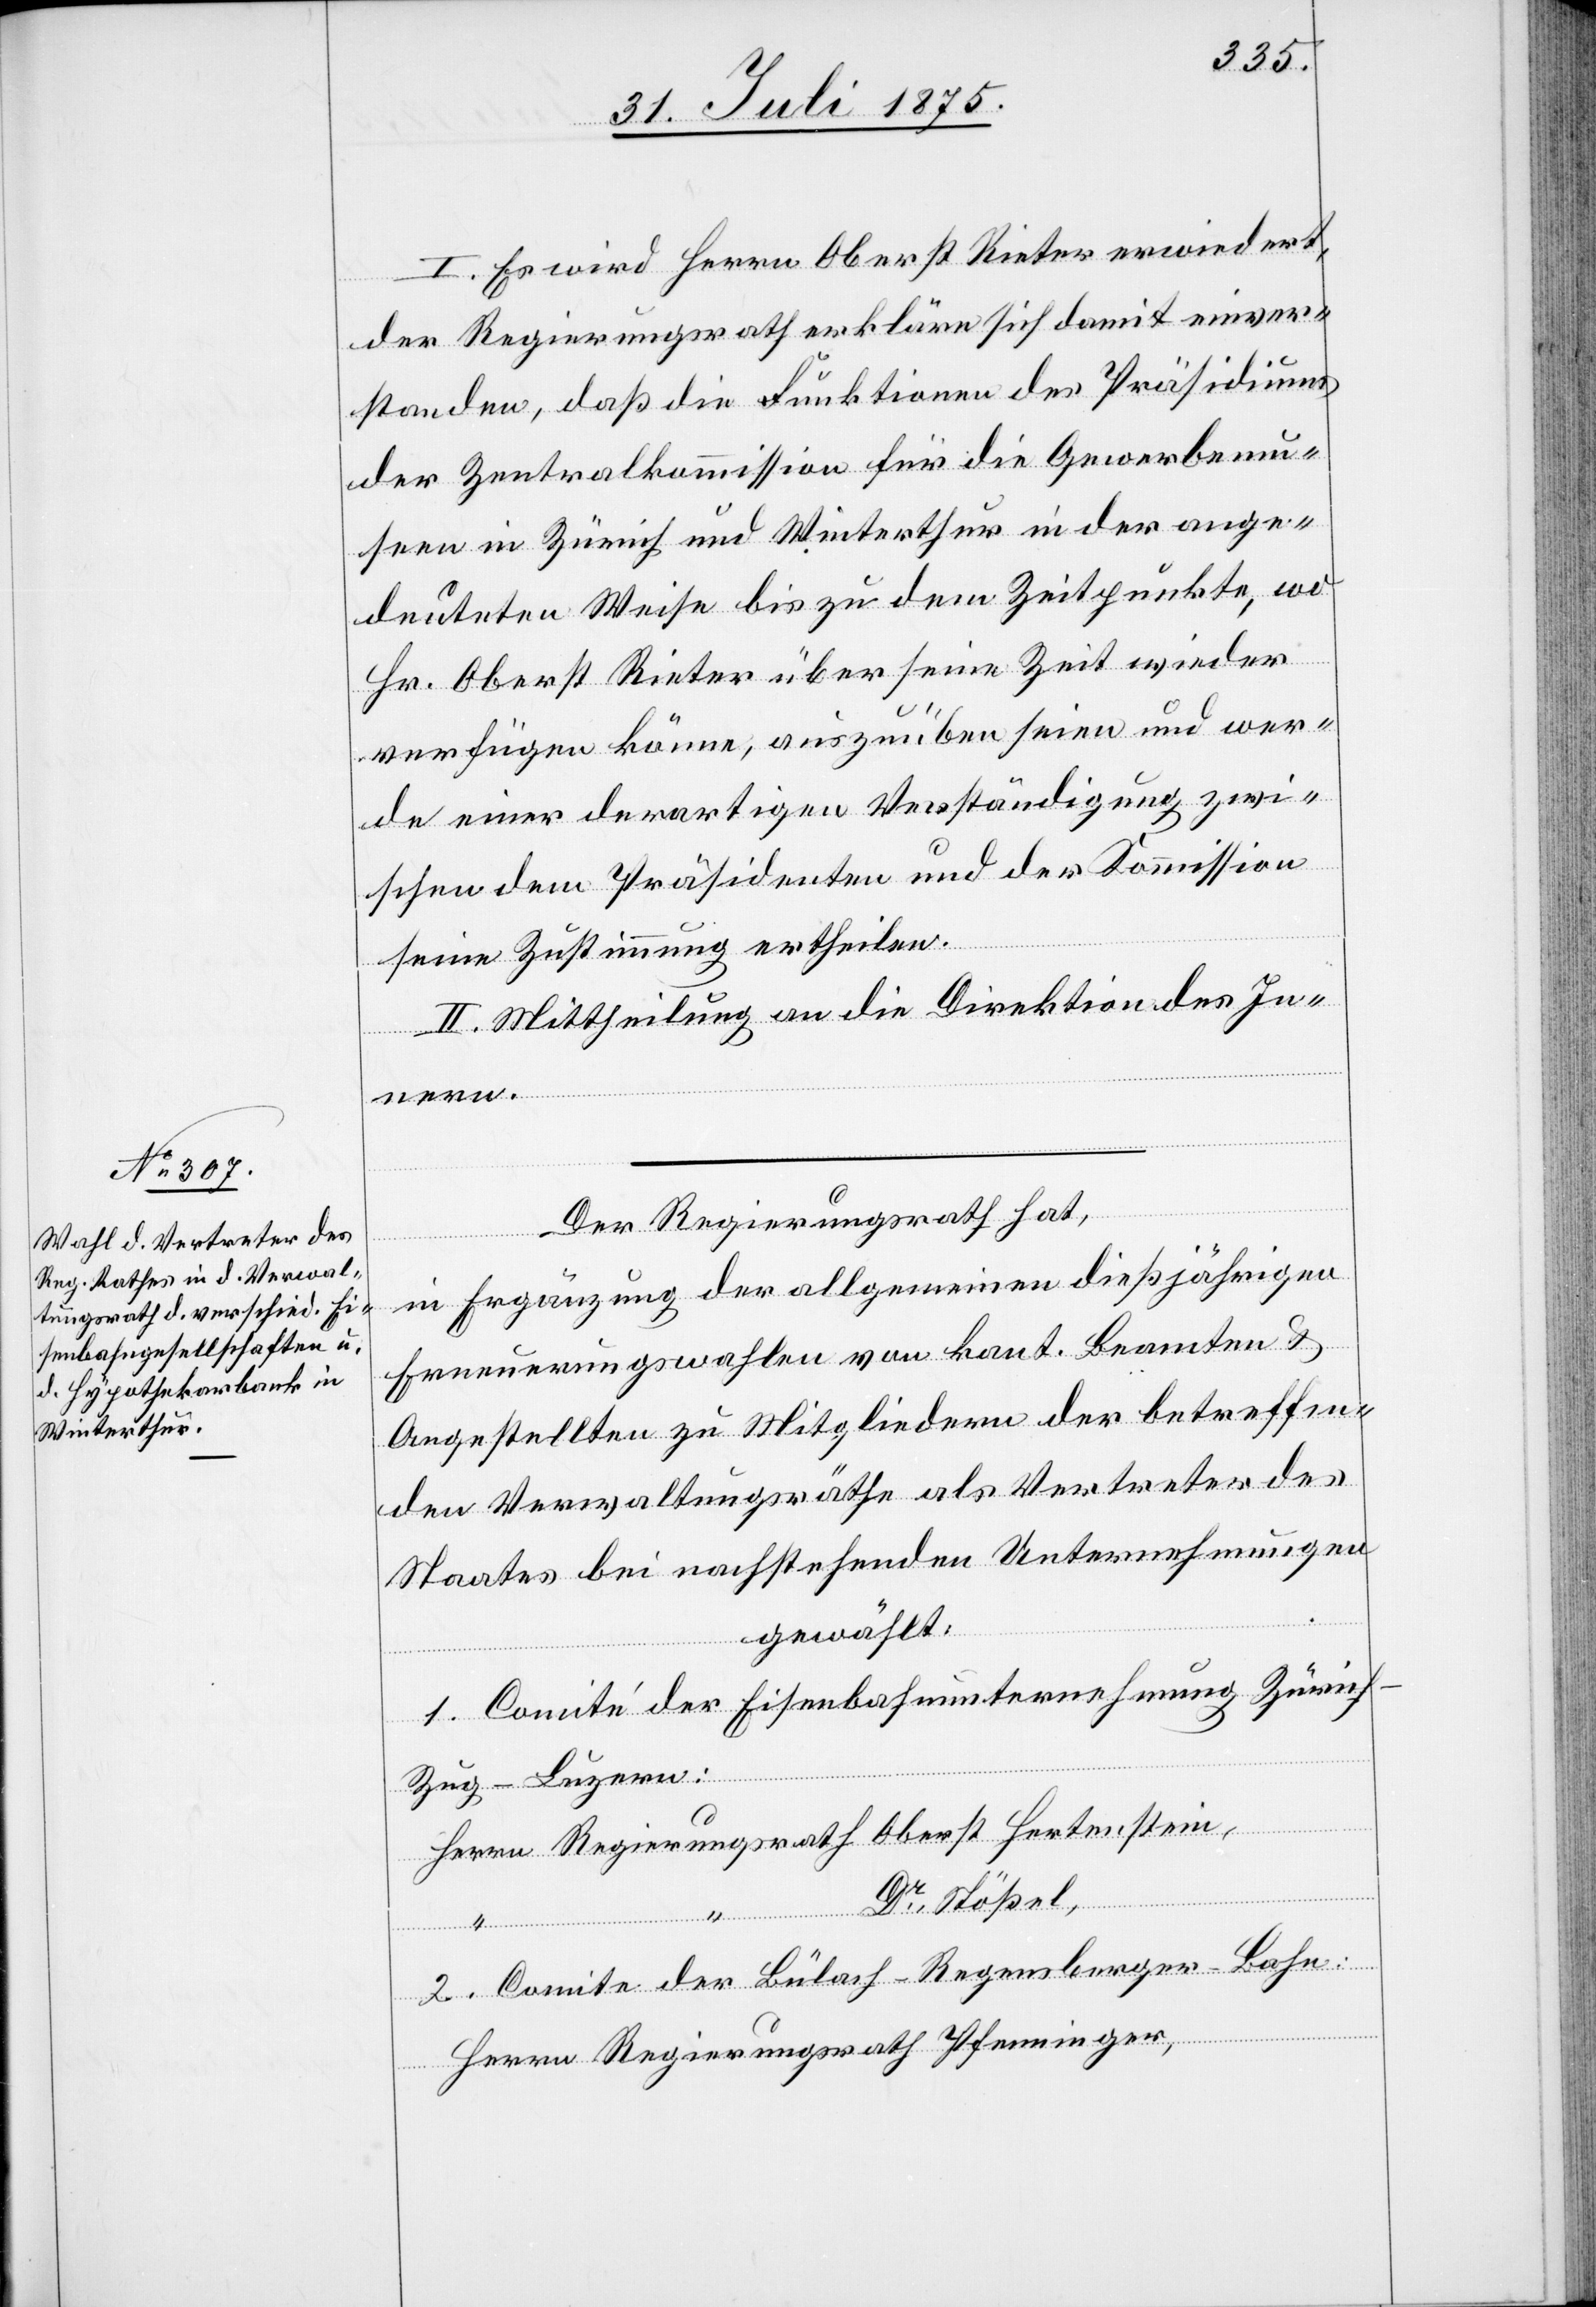
I. Es wird Herrn Oberst Rieter erwiedert,
der Regierungsrath erkläre sich damit einver¬
standen, daß die Funktionen des Präsidiums
der Zentralkommission für die Gewerbemu¬
seen in Zürich und Winterthur in der ange¬
deuteten Weise bis zu dem Zeitpunkte, wo
Hr. Oberst Rieter über seine Zeit wieder
verfügen könne, auszuüben seien und wer¬
de einer derartigen Verständigung zwi¬
schen dem Präsidenten und der Kommission
seine Zustimmung ertheilen.
II. Mittheilung an die Direktion des In¬
nern.
Der Regierungsrath hat,
in Erwägung der allgemeinen dießjährigen
Erneuerungswahlen von kant. Beamten &
Angestellten zu Mitgliedern der betreffen¬
den Verwaltungsräthe als Vertreter des
Staates bei nachstehenden Unternehmungen
gewählt:
1. Comite‘ der Eisenbahnunternehmung Züric¬
h–Zug–Luzern:
“
Dr Stößel,
inger,
2. Comite der Bülach–Regensberger-Bahn: